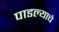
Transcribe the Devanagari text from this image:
पाडल्याचे